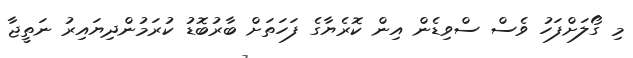
މި ގޯލަށްފަހު ވެސް ސްވިޑެން އިން ކޮރެޔާގެ ފަހަތަށް ބާރުބޮޑު ކުރަމުންދިޔައިރު ނަތީޖާ